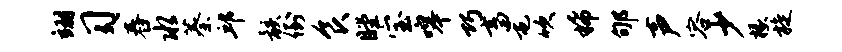
翊习舂水蓁邱骸倒食瞠宝嗥巧畜屯吹稀郇声容少椽旋